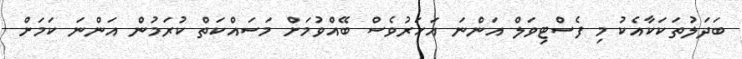
ބަދަލުތަކަކާއެކު މި ފެސްޓިވަލް އަންނަ އަހަރުވެސް ބޭއްވުމަށް މަސައްކަތް ކުރަމުން އަންނަ ކަމަށް